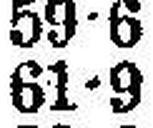
61•9